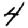
Digit: 4